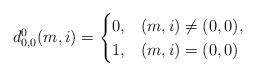
LaTeX: \begin{align*}d^0_{0,0}(m,i)=\begin{cases}0, & (m,i)\ne(0,0),\\1, & (m,i)=(0,0)\end{cases}\end{align*}